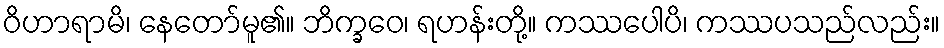
ဝိဟာရာမိ၊ နေတော်မူ၏။ ဘိက္ခဝေ၊ ရဟန်းတို့။ ကဿပေါပိ၊ ကဿပသည်လည်း။